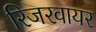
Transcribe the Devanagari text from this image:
रिजरवायर